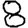
Digit: 8